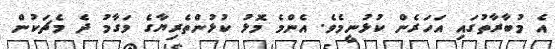
އެ މުބާރާތުގައި އަހަރެން ކުޅުނީމެވެ. އެންމެ މޮޅު ކުޅުންތެރިޔާގެ މަގާމު ދެ މެޗަކުން